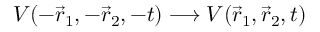
V ( - \vec { r } _ { 1 } , - \vec { r } _ { 2 } , - t ) \longrightarrow V ( \vec { r } _ { 1 } , \vec { r } _ { 2 } , t )